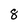
Character: 8